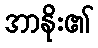
အာနိုး၏